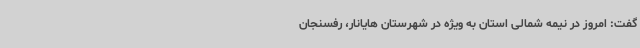
گفت: امروز در نیمه شمالی استان به ویژه در شهرستان هایانار، رفسنجان